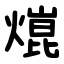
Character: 熴